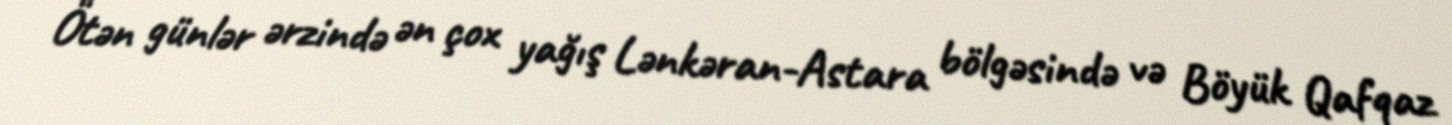
Ötən günlər ərzində ən çox yağış Lənkəran-Astara bölgəsində və Böyük Qafqaz